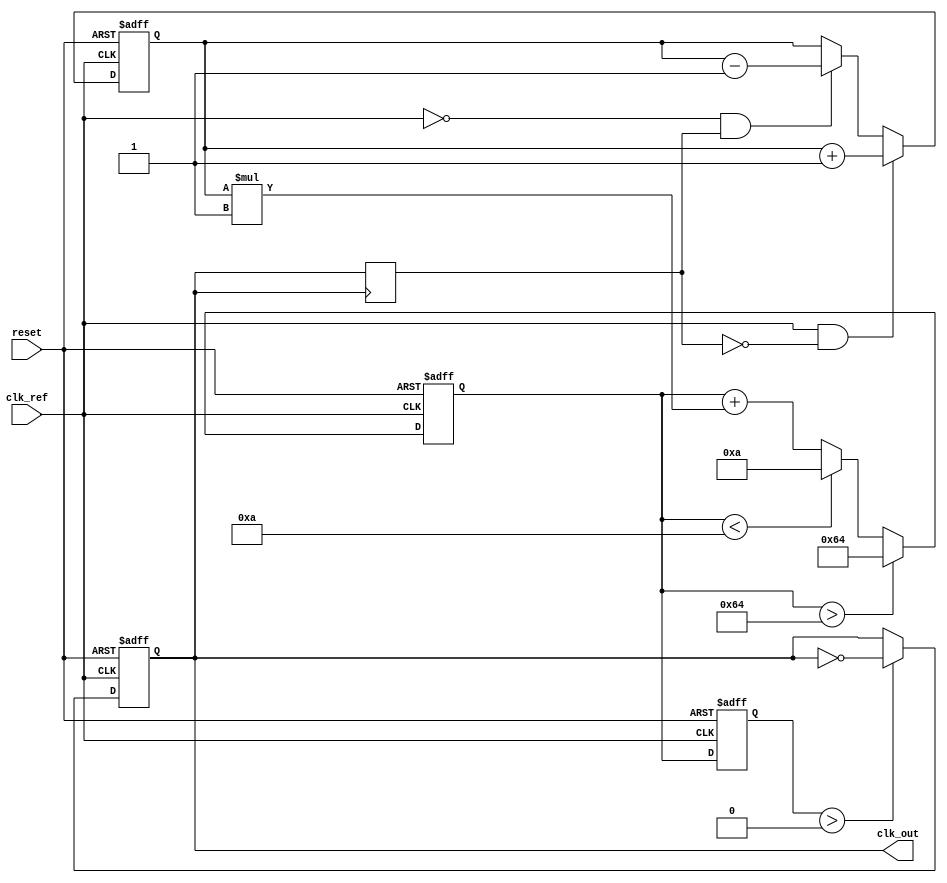
module continuous_time_pll (
    input wire clk_ref,        // Reference clock
    input wire reset,          // Asynchronous reset
    output reg clk_out         // Phase-locked output clock
);

// Parameters for PLL
parameter integer VCO_MAX_FREQ = 100; // Maximum VCO frequency
parameter integer VCO_MIN_FREQ = 10;   // Minimum VCO frequency
parameter integer LOOP_GAIN = 1;        // Loop gain for the filter

// Internal signals
reg [31:0] phase_error;           // Phase error signal from PD
reg [31:0] control_voltage;        // Output from loop filter
reg [31:0] vco_freq;              // Frequency of the VCO
reg [31:0] memory_block;           // Memory for storing PLL parameters
reg clk_feedback;                  // Feedback clock from VCO

// Phase Detector (PD)
always @(posedge clk_ref or posedge reset) begin
    if (reset) begin
        phase_error <= 0;
    end else begin
        // Simple phase detection logic
        if (clk_ref && !clk_feedback) begin
            phase_error <= phase_error + 1; // Increase phase error
        end else if (!clk_ref && clk_feedback) begin
            phase_error <= phase_error - 1; // Decrease phase error
        end
    end
end

// Loop Filter (LF)
always @(posedge clk_ref or posedge reset) begin
    if (reset) begin
        control_voltage <= 0;
    end else begin
        // Simple integrator loop filter
        control_voltage <= control_voltage + (phase_error * LOOP_GAIN);
        // Limit control voltage to VCO range
        if (control_voltage > VCO_MAX_FREQ) begin
            control_voltage <= VCO_MAX_FREQ;
        end else if (control_voltage < VCO_MIN_FREQ) begin
            control_voltage <= VCO_MIN_FREQ;
        end
    end
end

// Voltage-Controlled Oscillator (VCO)
always @(posedge clk_ref or posedge reset) begin
    if (reset) begin
        vco_freq <= VCO_MIN_FREQ; // Initialize VCO frequency
        clk_out <= 0;             // Initialize output clock
    end else begin
        vco_freq <= control_voltage; // Update VCO frequency based on control voltage
        // Toggle output clock based on VCO frequency
        if (vco_freq > 0) begin
            clk_out <= ~clk_out; // Simple toggle for demonstration (not accurate)
        end
    end
end

// Feedback mechanism
always @(posedge clk_out) begin
    clk_feedback <= clk_out; // Feedback to phase detector
end

// Memory Block Control Logic (simplified)
always @(posedge clk_ref) begin
    // Update memory block based on some conditions (for demonstration)
    if (phase_error > 10) begin
        memory_block <= memory_block + 1; // Example operation
    end else if (phase_error < -10) begin
        memory_block <= memory_block - 1; // Example operation
    end
end

endmodule